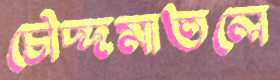
চৌদ্দমাতলে